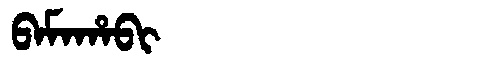
Manchu: ᠪᠠᠮᠠᡥᠠᠪᡳ
Romanization: BAMAHABI